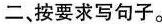
二、按要求写句子。